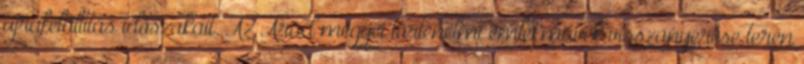
újrafelállítás időszakait. Az Arad megyei történelmi emlékművek visszanyerése terén